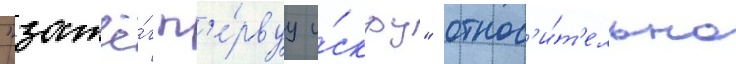
"зажё́г п'е́рвуу и́скру" относ'и́т'ельно